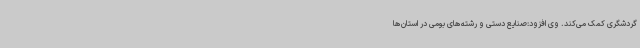
گردشگری کمک می‌کند. وی افزود:صنایع ‌دستی و رشته‌های بومی در استان‌ها